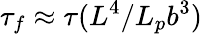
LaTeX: \tau_{f}\approx\tau(L^{4}/L_{p}b^{3})